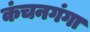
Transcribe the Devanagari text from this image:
कंचनगंगा